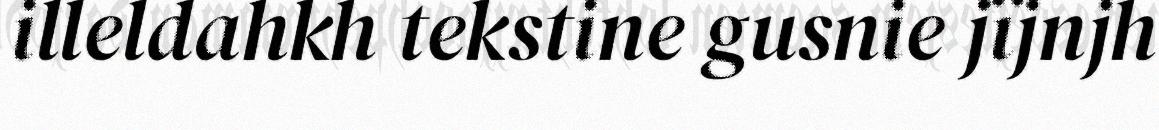
illeldahkh tekstine gusnie jïjnjh